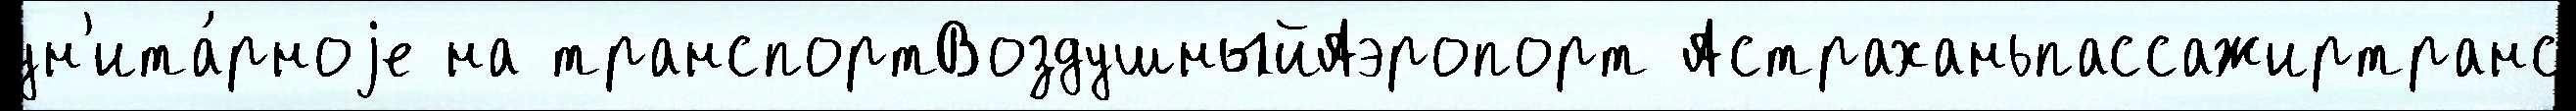
ун'ита́рноjе на транспортВоздушныйАэропорт Астраханьпассажиртранс